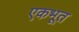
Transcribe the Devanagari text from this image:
एकभूत